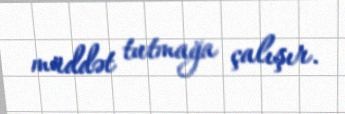
müddət tutmağa çalışır.